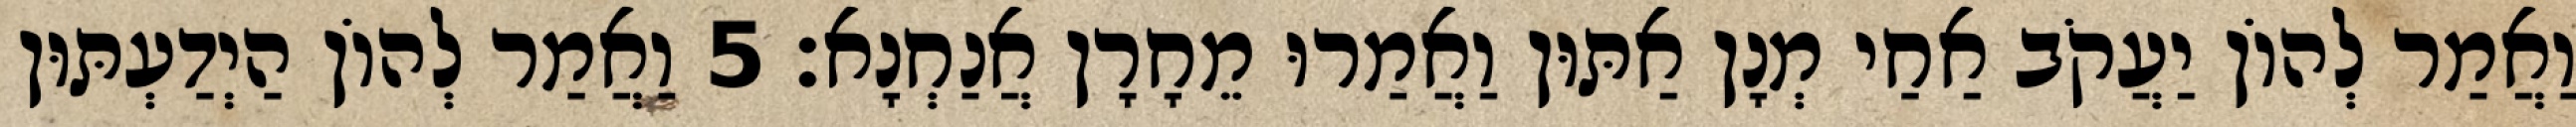
וַאֲמַר לְהוֹן יַעֲקֹב אַחַי מְנָן אַתּוּן וַאֲמַרוּ מֵחָרָן אֲנַחְנָא׃ 5 וַאֲמַר לְהוֹן הַיְדַעְתּוּן